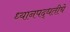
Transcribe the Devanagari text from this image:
ध्यानपद्धतीचे